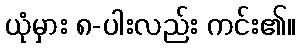
ယုံမှား ၈-ပါးလည်း ကင်း၏။